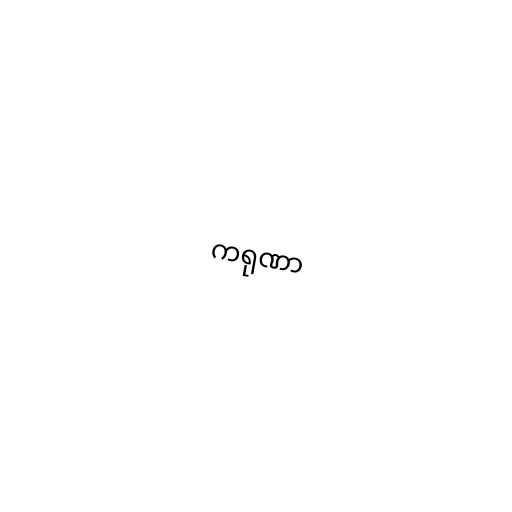
ကရုဏာ